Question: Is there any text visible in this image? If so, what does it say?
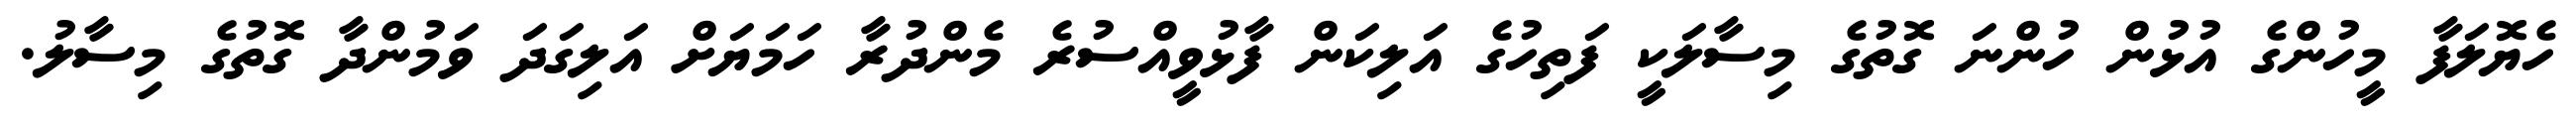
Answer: ހެޔޮލަފާ މީހުންގެ އުޅުން ހުންނަ ގޮތުގެ މިސާލަކީ ފަތިހުގެ އަލިކަން ފާޅުވީއްސުރެ މެންދުރާ ހަމަޔަށް އަލިގަދަ ވަމުންދާ ގޮތުގެ މިސާލު.